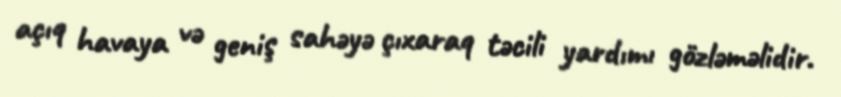
açıq havaya və geniş sahəyə çıxaraq təcili yardımı gözləməlidir.